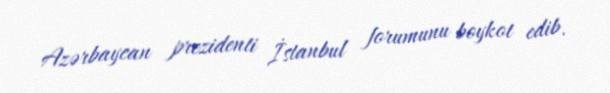
Azərbaycan prezidenti İstanbul forumunu boykot edib.